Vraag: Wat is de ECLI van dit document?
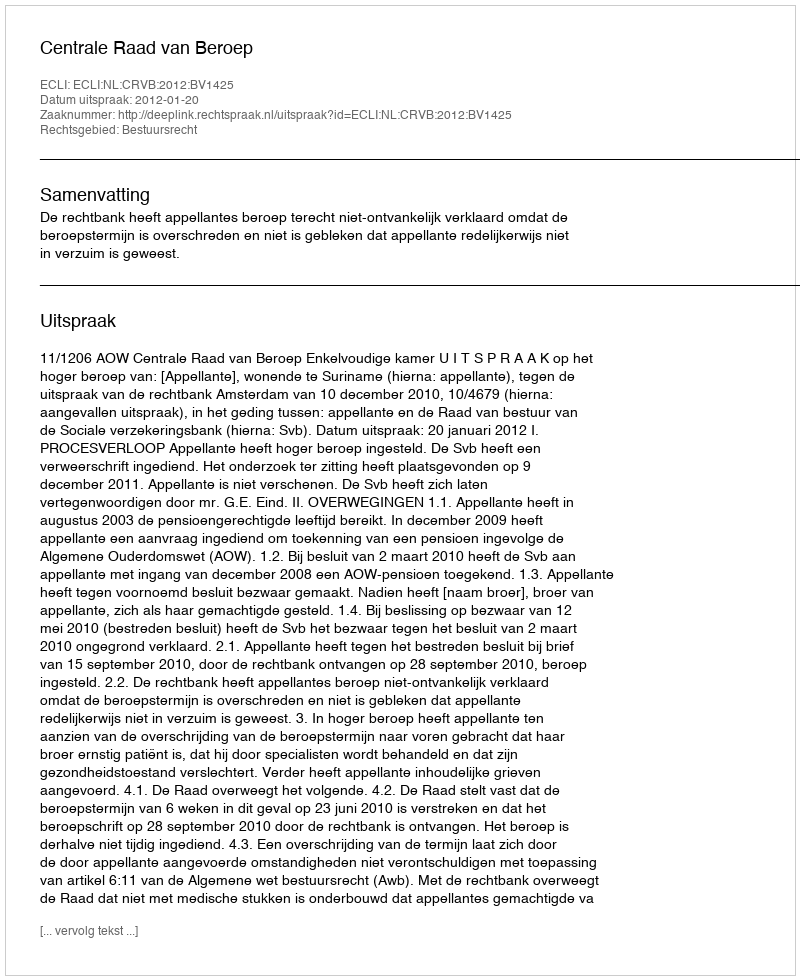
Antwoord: ECLI:NL:CRVB:2012:BV1425